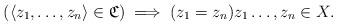
LaTeX: \begin{align*} (\langle z_1,\ldots, z_n\rangle\in\mathfrak{C})\implies (z_1=z_n) z_1\ldots,z_n\in X. \end{align*}